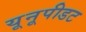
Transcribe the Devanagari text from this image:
यूनूपीडट